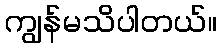
ကျွန်မသိပါတယ်။